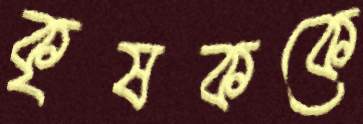
কৃষককে